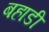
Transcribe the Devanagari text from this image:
बहाडी